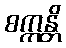
စက္ကန္တိ